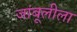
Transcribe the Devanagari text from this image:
जांबूलीला